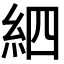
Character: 𥿖